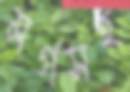
মর্গসহ